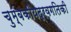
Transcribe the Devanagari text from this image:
चुम्बकीयद्रवगतिकी